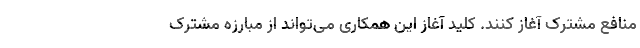
منافع مشترک آغاز کنند. کلید آغاز این همکاری می‌تواند از مبارزه مشترک